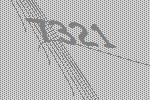
7321